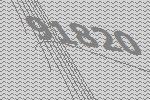
91820